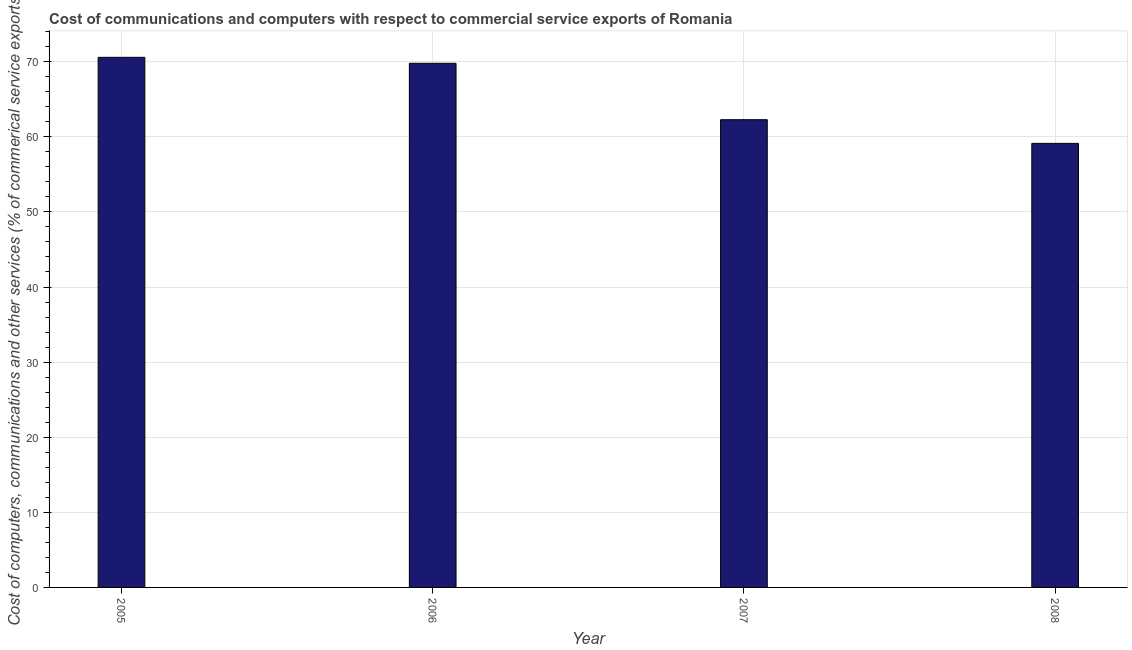
| Year | Computer |
 | --- | --- |
 | 2005 | 70.6 |
 | 2006 | 69.8 |
 | 2007 | 62.3 |
 | 2008 | 59.1 |